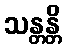
သန္တန္တိ